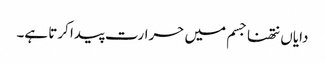
دایاں نتھنا جسم میں حرارت پیدا کرتا ہے۔